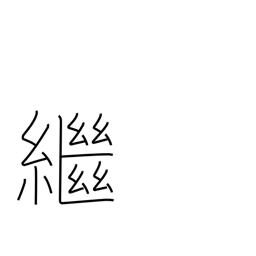
Meaning: inherit